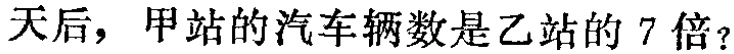
天后，甲站的汽车辆数是乙站的 7 倍？